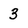
Character: 3